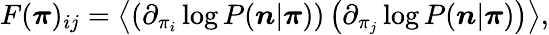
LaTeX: \begin{array}{r}{F({\boldsymbol\pi})_{ij}=\left\langle\left(\partial_{\pi_{i}}\log P({\boldsymbol n}|{\boldsymbol\pi})\right)\left(\partial_{\pi_{j}}\log P({\boldsymbol n}|{\boldsymbol\pi})\right)\right\rangle,}\end{array}